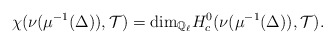
\begin{align*}\chi(\nu(\mu^{-1}(\Delta)), \mathcal{T}) = \mathrm{dim}_{\mathbb{Q}_\ell} H^0_c(\nu(\mu^{-1}(\Delta)),\mathcal{T}).\end{align*}